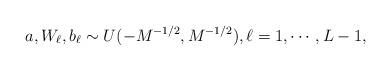
LaTeX: \begin{align*} a, W_\ell, b_\ell\sim U(-M^{-1/2},M^{-1/2}),\ell=1,\cdots,L-1, \end{align*}